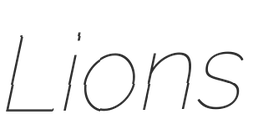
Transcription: Lions